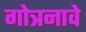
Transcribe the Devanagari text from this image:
गोत्रनावे